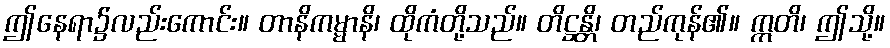
ဤနေရာ၌လည်းကောင်း။ တာနိကမ္မာနိ၊ ထိုကံတို့သည်။ တိဋ္ဌန္တိ၊ တည်ကုန်၏။ ဣတိ၊ ဤသို့။